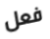
فعل